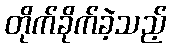
တိုက်ခိုက်ခဲ့သည့်